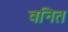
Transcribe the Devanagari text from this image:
वनित